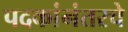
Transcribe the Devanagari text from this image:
पदकांनंतरचे